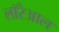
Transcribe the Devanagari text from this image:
लॉरेआल